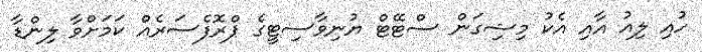
ހުއި ލިއު އާއި އެކު މިޝިގަން ސްޓޭޓް ޔުނިވާސިޓީގެ ޕްރޮފެސަރެއް ކަމަށްވާ ލިންޑާ